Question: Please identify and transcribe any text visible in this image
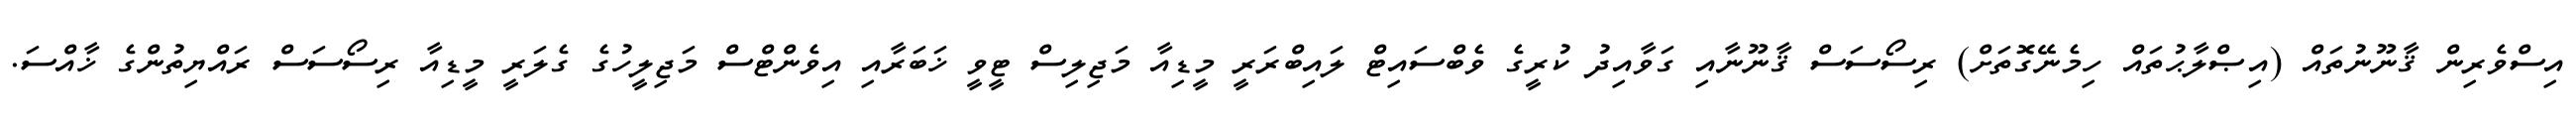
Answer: އިސްވެރިން ޤާނޫނުތައް (އިޞްލާޙުތައް ހިމެނޭގޮތަށް) ރިސޯސަސް ޤާނޫނާއި ގަވާއިދު ކުރީގެ ވެބްސައިޓް ލައިބްރަރީ މީޑިއާ މަޖިލިސް ޓީވީ ޚަބަރާއި އިވެންޓްސް މަޖިލީހުގެ ގެލަރީ މީޑިއާ ރިސޯސަސް ރައްޔިތުންގެ ޚާއްސަ.